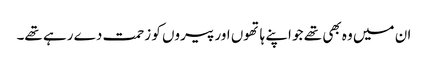
ان میں وہ بھی تھے جو اپنے ہاتھوں اور پیروں کو زحمت دے رہے تھے۔